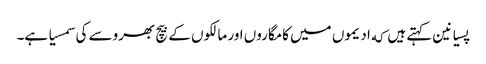
پسیانین کہتے ہیں که ادیموں میں کامگاروں اور مالکوں کے بیچ بھروسے کی سمسیا ہے۔